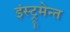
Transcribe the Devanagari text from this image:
इंस्ट्रूमेन्त